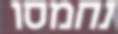
נחמסו